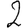
Digit: 2